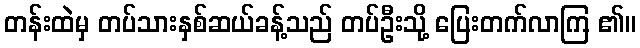
တန်းထဲမှ တပ်သားနှစ်ဆယ်ခန့်သည် တပ်ဦးသို့ ပြေးတက်လာကြ ၏။